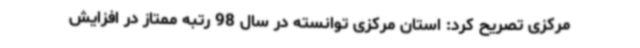
مرکزی تصریح کرد: استان مرکزی توانسته در سال 98 رتبه ممتاز در افزایش